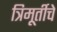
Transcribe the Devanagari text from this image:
त्रिमूर्तीचे